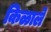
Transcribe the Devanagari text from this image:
किळाले